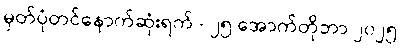
မှတ်ပုံတင်နောက်ဆုံးရက် - ၂၅ အောက်တိုဘာ ၂၀၂၅